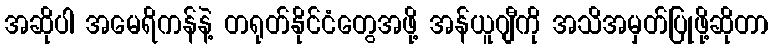
အဆိုပါ အမေရိကန်နဲ့ တရုတ်နိုင်ငံတွေအဖို့ အန်ယူဂျီကို အသိအမှတ်ပြုဖို့ဆိုတာ